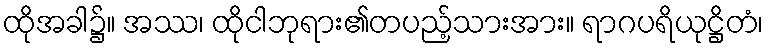
ထိုအခါ၌။ အဿ၊ ထိုငါဘုရား၏တပည့်သားအား။ ရာဂပရိယုဋ္ဌိတံ၊